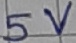
Text: 5V